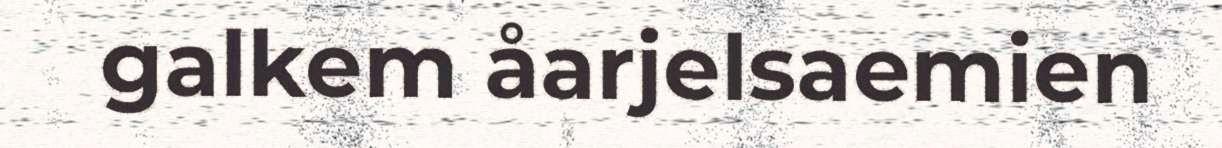
galkem åarjelsaemien